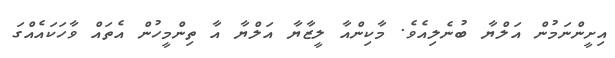
އިށީންނަމުން އަލްޔާ ބުނެލިއެވެ. މާކިންއާ ލީޒާޔާ އަލްޔާ އާ ތިންމީހުން އެތައް ވާހަކައެއްގަ